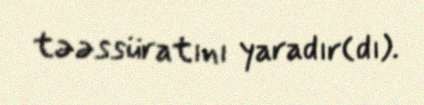
təəssüratını yaradır(dı).